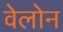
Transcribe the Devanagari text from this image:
वेलोन